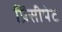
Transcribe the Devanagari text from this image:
प्रिंसीपेट